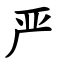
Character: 严